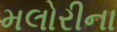
મલોરીના